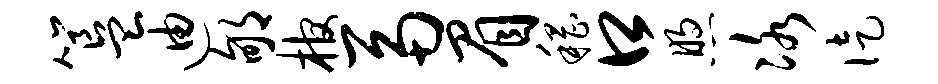
簋迪郇棺鬲眉稽口煦冰徒